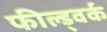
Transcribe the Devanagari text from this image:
फील्ड्वर्क